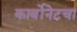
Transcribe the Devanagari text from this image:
कार्बोनेटचा